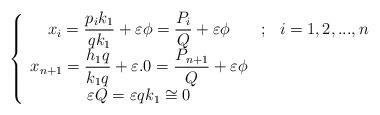
LaTeX: \begin{align*}\left\{ \begin{array}{ccc}x_{i}=\dfrac{p_{i}k_{1}}{qk_{1}}+\varepsilon \phi =\dfrac{P_{i}}{Q}+\varepsilon \phi & ; & i=1,2,...,n \\ x_{n+1}=\dfrac{h_{1}q}{k_{1}q}+\varepsilon .0=\dfrac{P_{n+1}}{Q}+\varepsilon\phi & & \\ \varepsilon Q=\varepsilon qk_{1}\cong 0 & & \end{array}\right. \end{align*}